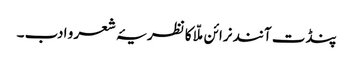
پنڈت آنند نرائن ملّا کا نظریۂ شعر و ادب ۔